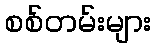
စစ်တမ်းများ